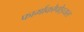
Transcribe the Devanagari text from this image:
फार्माकोपोइयल